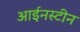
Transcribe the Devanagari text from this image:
आईनस्टीन